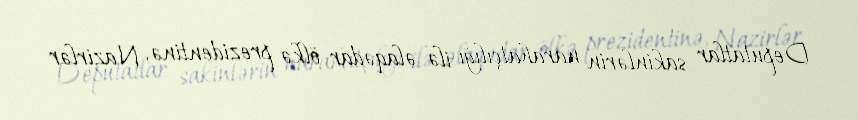
Deputatlar sakinlərin narahatçılığı ilə əlaqədar ölkə prezidentinə, Nazirlər